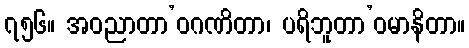
၇၅၆။ အဝညာတာ’ဝဂဏိတာ၊ ပရိဘူတာ’ဝမာနိတာ။